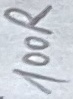
Text: 100R